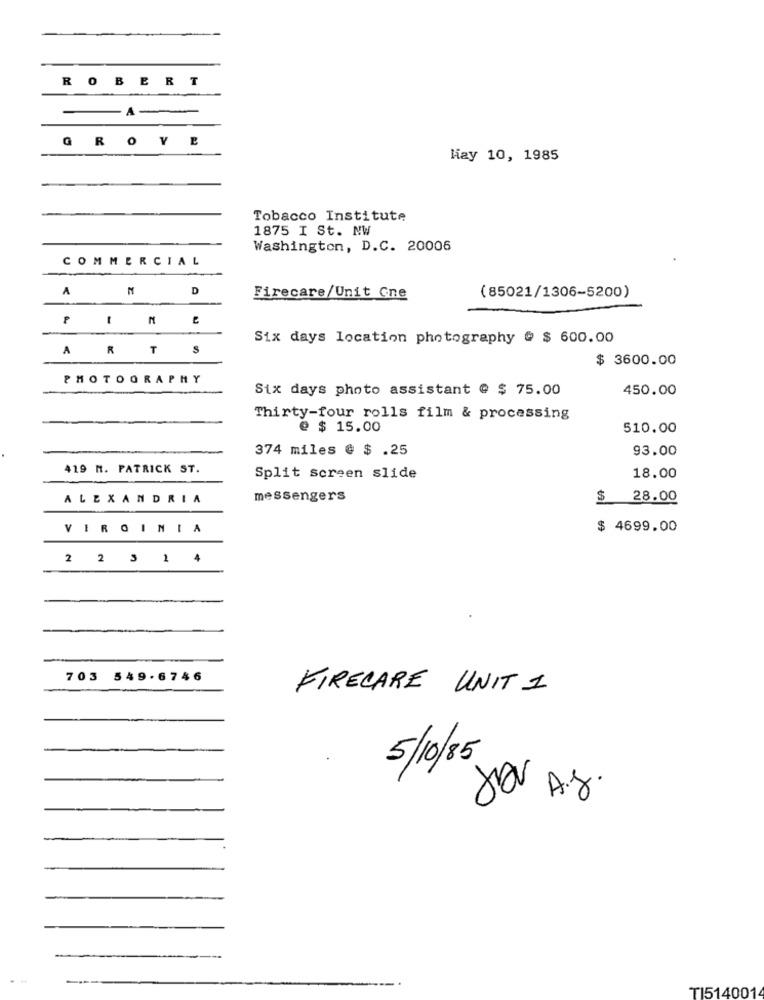
ROBERT
- A .
GROVE
Hay 10, 1985
Tobacco Institute
1875 I St. NW
Washington, D.C. 20006
COMMERCIAL
A
D
Firecare/Unit Cne
(85021/1306-5200)
Six days location photography @ $ 600.00
ARTS
$ 3600.00
PHOTOGRAPHY
Six days photo assistant @ $ 75.00
450.00
Thirty-four rolls film & processing
@ $ 15.00
510.00
374 miles @ $ .25
93.00
419 H. PATRICK ST.
Split screen slide
18.00
ALEXANDRIA
messengers
$
28.00
VIRGINIA
$ 4699.00
2 2 3 1 4
703 549-6746
FIRECARE UNIT 1
5/10/85
A.J.
TI5140014